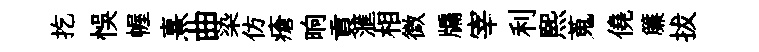
扢悞幄熹曲染仿瘡晌貢滙相微牖宰利煕蒐僥簾拔